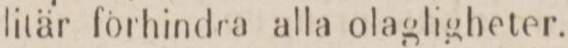
litär förhindra alla olagligheter.